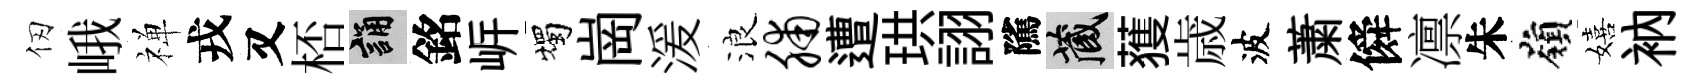
仞峨禅戎又桮誦銘㟁燭崗湲浪脯遭珙詡隲藏𫉬歳波䔥僢凛朱嶺嬉衲